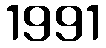
1991